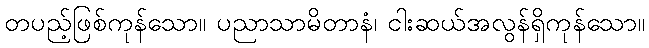
တပည့်ဖြစ်ကုန်သော။ ပညာသာမိတာနံ၊ ငါးဆယ်အလွန်ရှိကုန်သော။